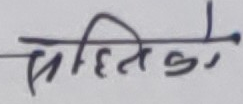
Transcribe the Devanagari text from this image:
सहितको